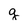
Character: g